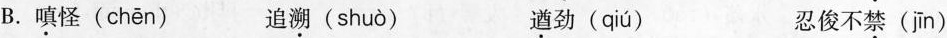
B.\underset{·}{嗔} 怪( chēn ) 追\underset{·}{溯}( shuò ) \underset{·}{遒} 劲( qiú ) 忍俊不\underset{·}{禁} ( jīn )